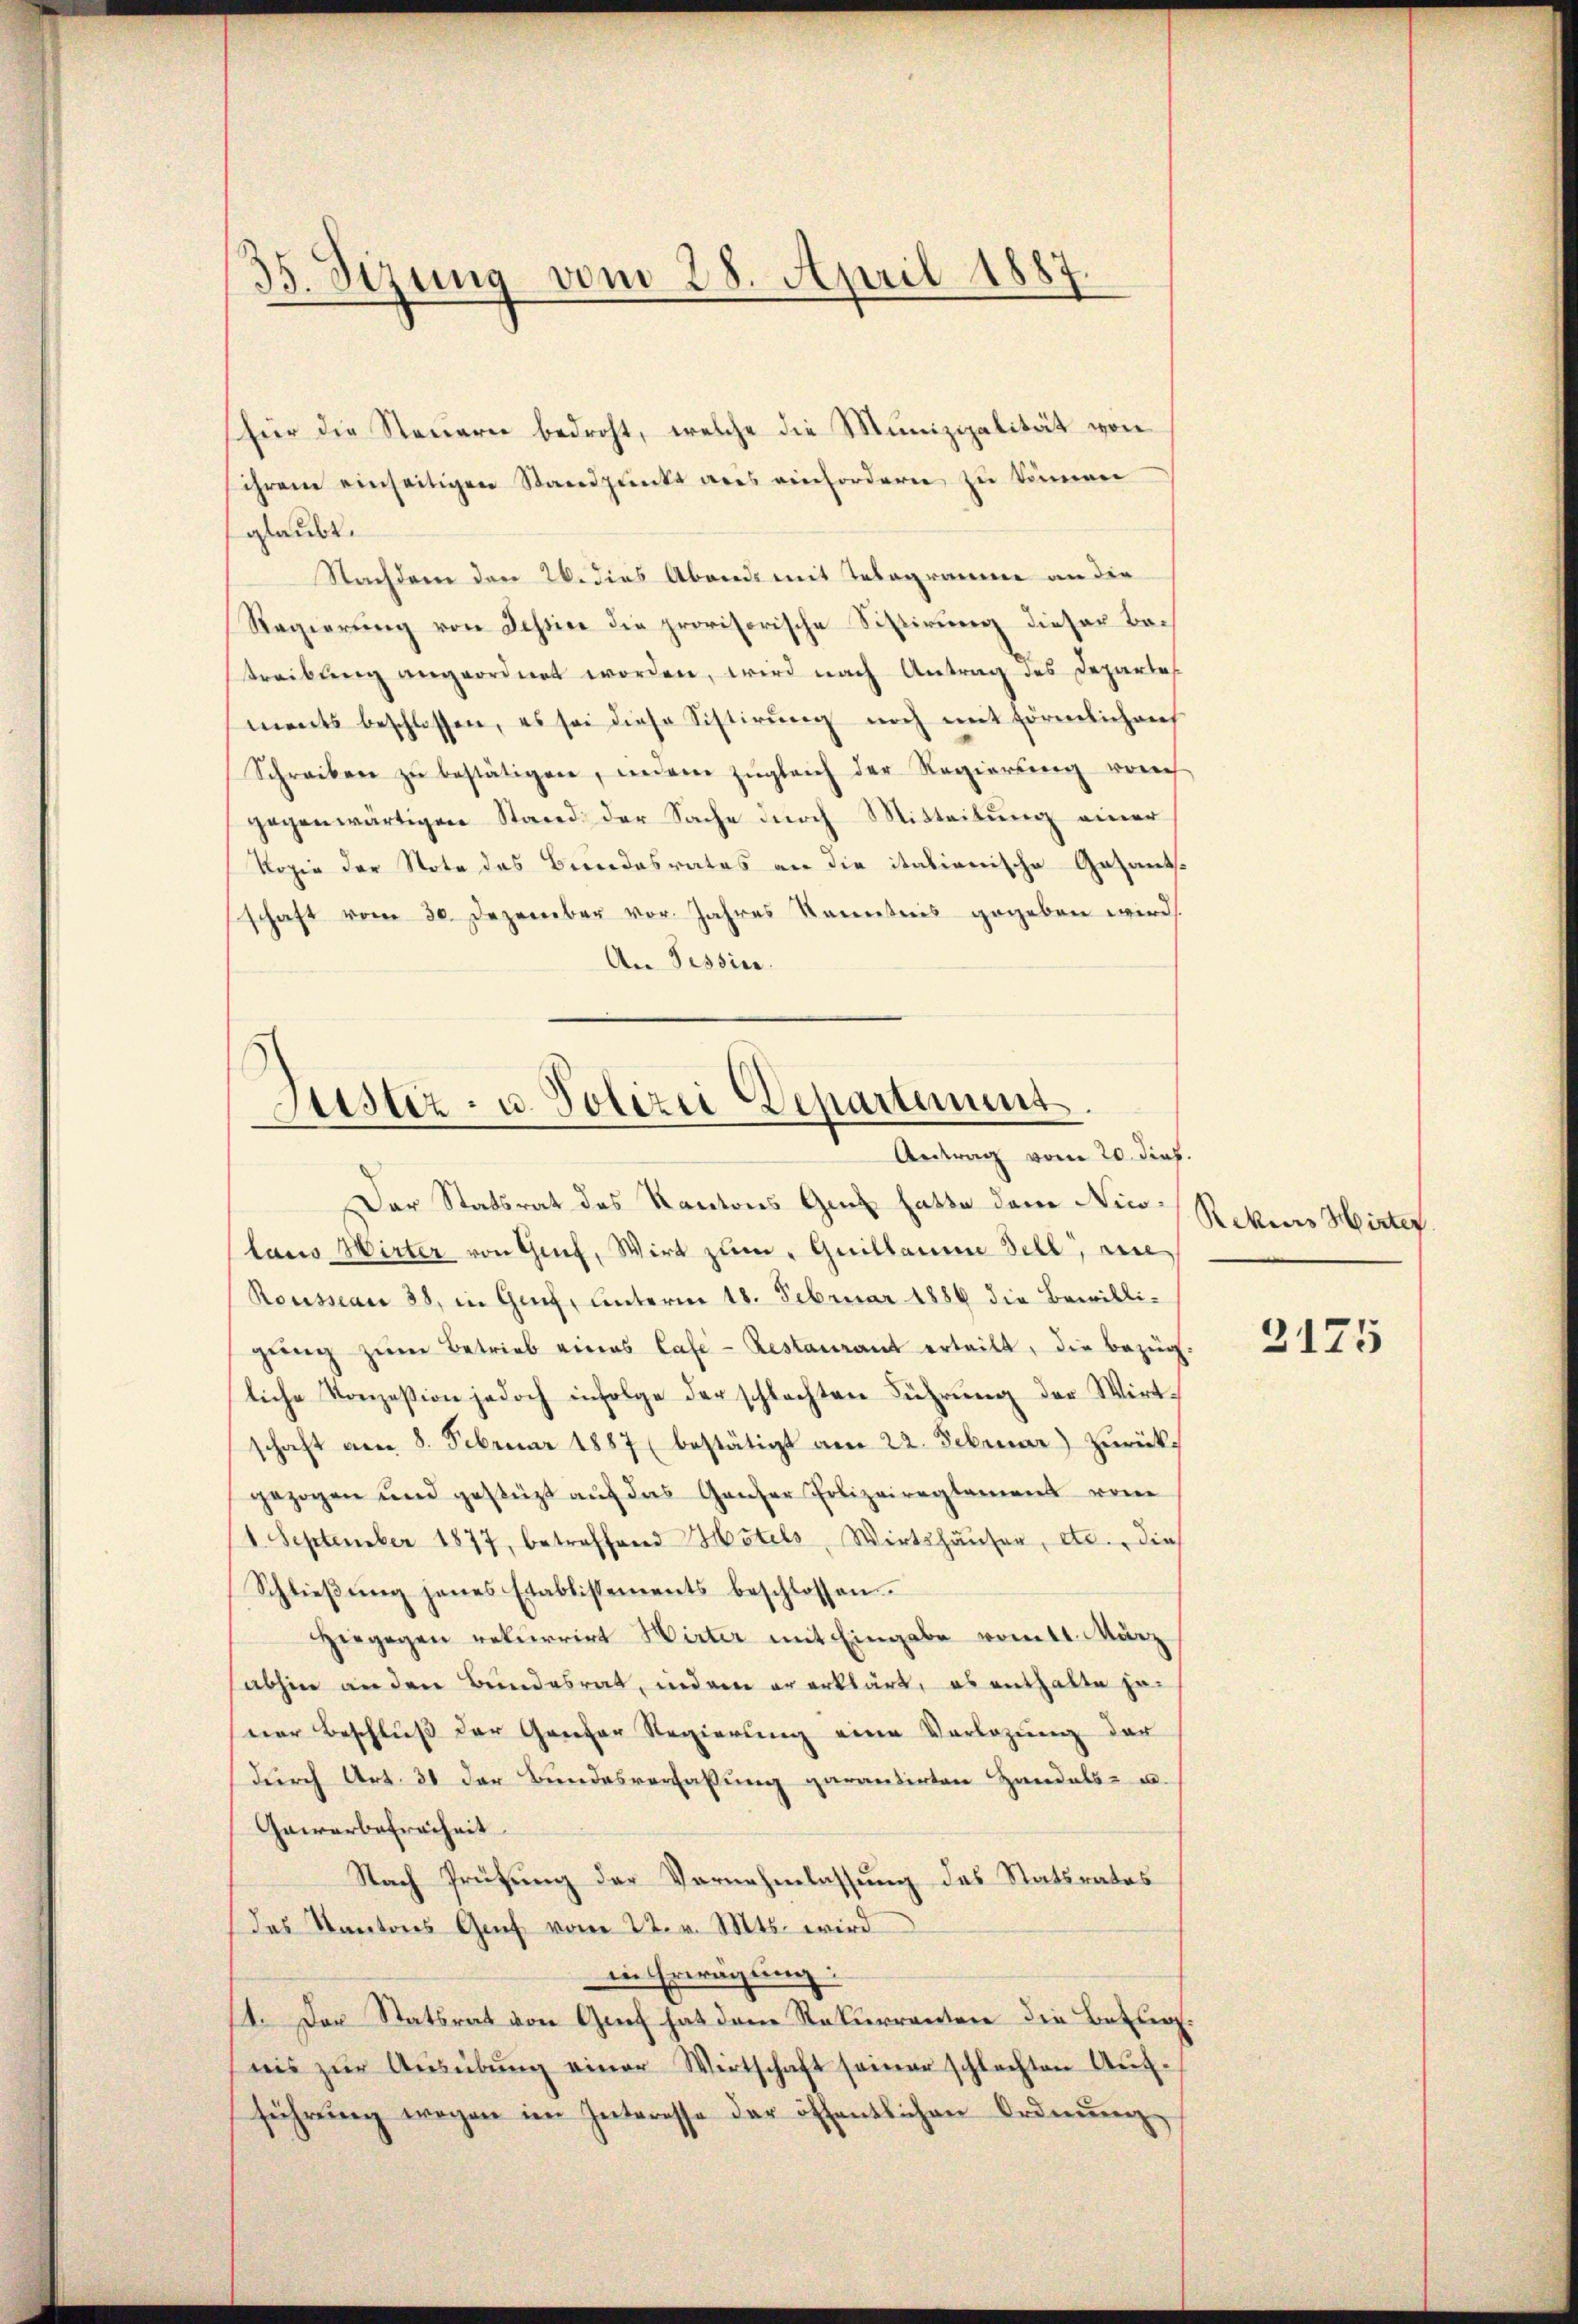
35. Sizung vom 28. April 1887
.

(für die Steuern bedroht, welche die Munizipalität von
ihrem einseitigen Standpunkt aus einfordern zu können
glaubt.
Nachdem den 26. dies Abends mit Telegramme an die
Regierung von Tessin die provisorische Sistirung dieser Be¬
Streibung angeordnet worden, wird nach Antrag des Departes
ments beschlossen, es sei diese Sistirung noch mit förmlichens
Schreiben zŭ bestätigen, inein zŭgleich der Regierung vorh
gegenwärtigen Stand der Sache durch Mitteilung einer
Kopie der Note des Beendesrates an die italienische Gesantsschaft vom 30. Dezember vor. Jahres Kenntnis gegeben wird
An Tessin.

Justiz- u. Polizei Departement.
.
Antrag vom 20. dies.

Der Statsrat des Kantons Genf hatte dem Nicolaus Wirter von Genf, Wirt zum " Quillaume Zell, die
Rousseau 38, in Genf, unterm 18. Februar 1886 die Bewilligŭng zŭm Betrieb eines Cafe- Restaurant erteilt, die bezüg
liche Konzession jedoch infolge der schlachten Führŭng der Wirt-
schaft am 8. Februar 1887 (bestätigt am 22. Februar) zŭrück.
gezogen und gestüzt aŭf das Ganzer Polizeireglement vom
1. September 1877, betreffend Hotels, Wirtshäuser, etc. dies
Schlieβŭng jenes Etablissements beschlossen.
Hiegegen rekurrirt Wirter mit Eingabe vom 11. März
abhin an der Bundesrat, indern er erklärt, es enthalte je
ner Beschluß der Ganzer Regierung eine Vorlegung der
durch Art. 31 der Bundesverfassung garantirten Handels- u.
Gewerbefreiheit
Nach Prüfung der Vernehmlassung des Statsrates
das Kantons Genf vom 22. v. Mts. wird
in Erwägung:
11. Der Statsrat von Genf hat dem Rekurrenten die Betung.
nis zŭr Aŭsübŭng einer Wirtschaft seiner schlechten Aŭf-
führŭng wegen im Interesse der öffentlichen Ordnung

Rekurs Hirter

2175